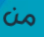
من